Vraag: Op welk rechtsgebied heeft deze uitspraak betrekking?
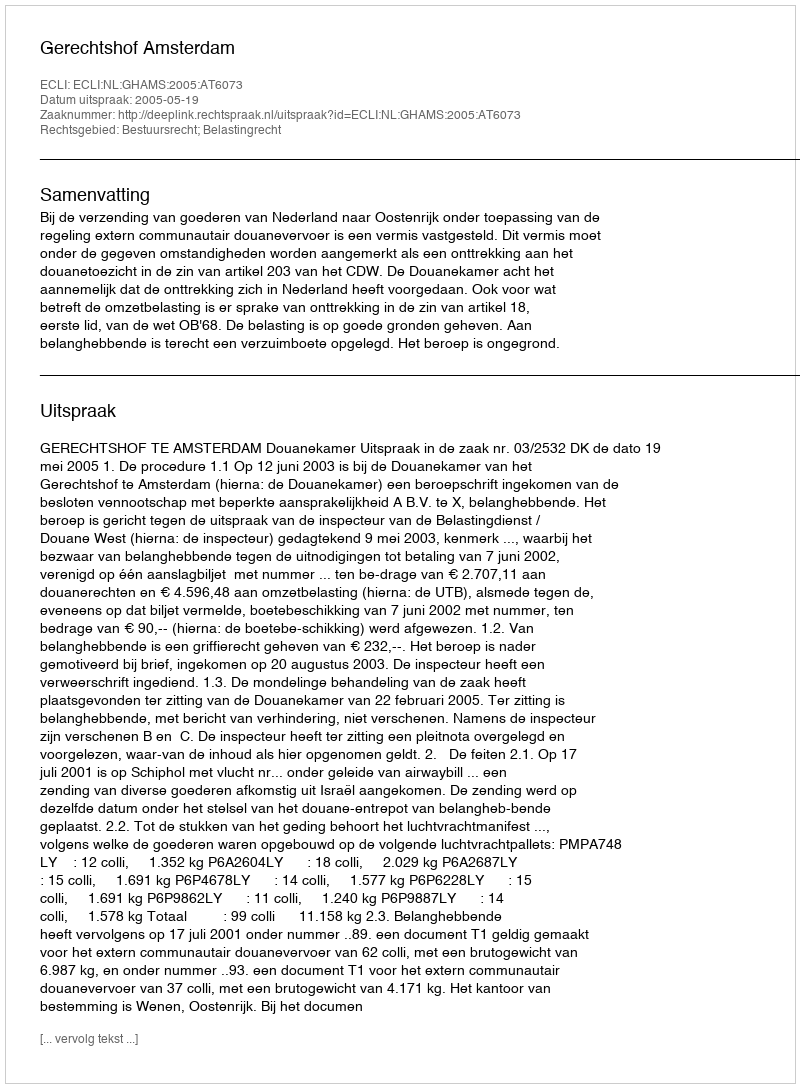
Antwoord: Bestuursrecht; Belastingrecht